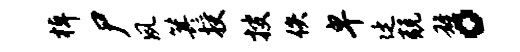
棹尸夙箕授搜佚卑廷兢雄。